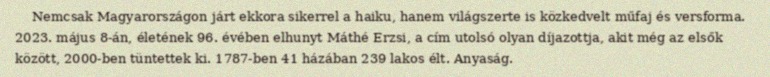
Nemcsak Magyarországon járt ekkora sikerrel a haiku, hanem világszerte is közkedvelt műfaj és versforma. 2023. május 8-án, életének 96. évében elhunyt Máthé Erzsi, a cím utolsó olyan díjazottja, akit még az elsők között, 2000-ben tüntettek ki. 1787-ben 41 házában 239 lakos élt. Anyaság.